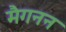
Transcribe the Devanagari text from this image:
मैगनन